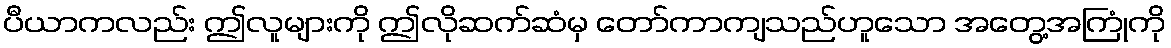
ပီယာကလည်း ဤလူများကို ဤလိုဆက်ဆံမှ တော်ကာကျသည်ဟူသော အတွေ့အကြုံကို